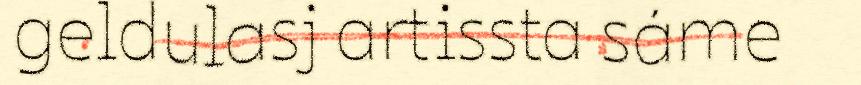
geldulasj artissta sáme